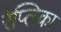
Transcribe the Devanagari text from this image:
रेप्लिका